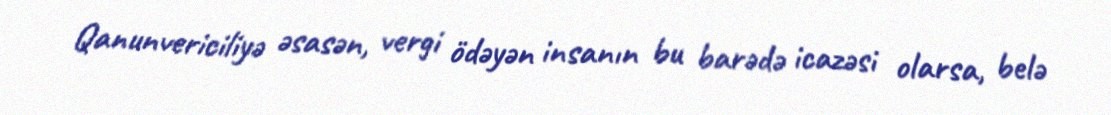
Qanunvericiliyə əsasən, vergi ödəyən insanın bu barədə icazəsi olarsa, belə